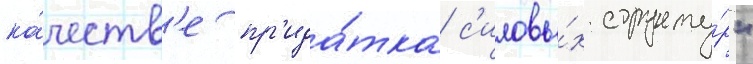
ка́честв'е пр'ида́тка с'иловы́х структу́р"